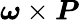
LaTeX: {\boldsymbol{\omega}}\times{\boldsymbol{P}}